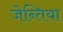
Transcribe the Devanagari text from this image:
जेन्तिया